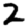
Digit: 2